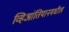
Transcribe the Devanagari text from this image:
व्हिआंतियानमधील